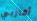
أقاربي